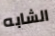
الشابه